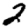
Digit: 2